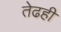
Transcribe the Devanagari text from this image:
तेढही